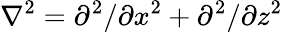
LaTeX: \nabla^{2}=\partial^{2}/\partial x^{2}+\partial^{2}/\partial z^{2}